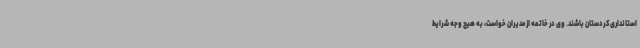
استانداری کردستان باشند. وی در خاتمه از مدیران خواست، به هیچ وجه شرایط